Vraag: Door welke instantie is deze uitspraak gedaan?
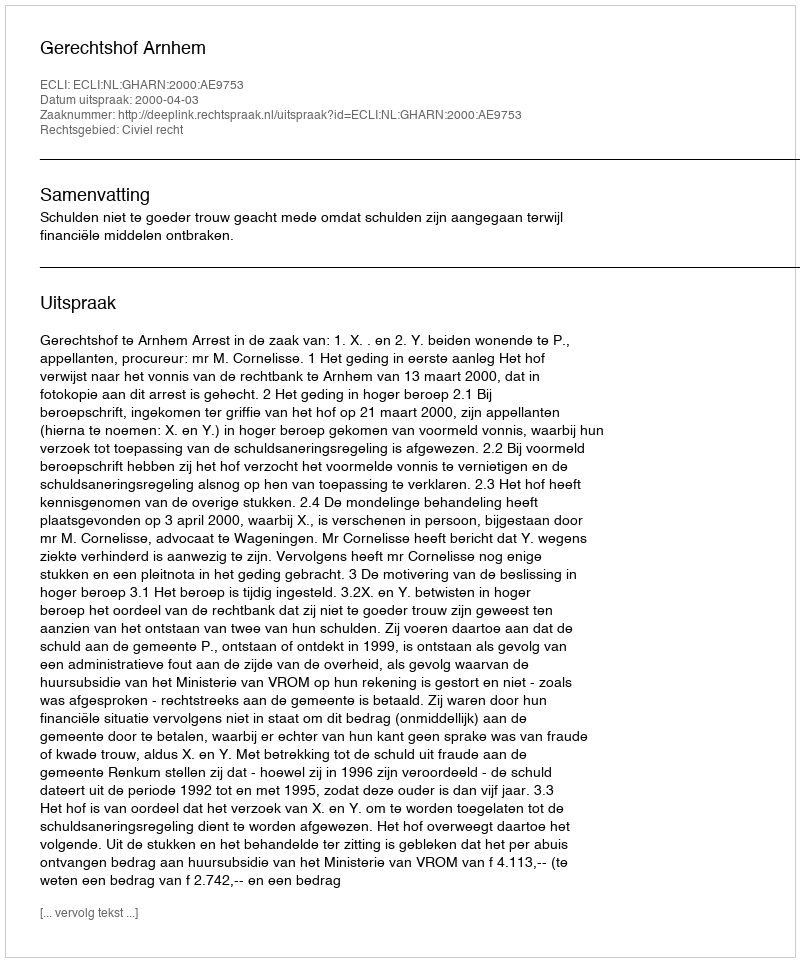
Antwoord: Gerechtshof Arnhem